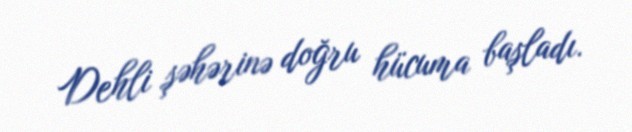
Dehli şəhərinə doğru hücuma başladı.